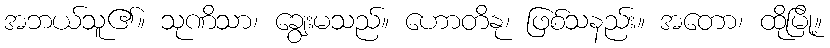
အဘယ်သူ၏။ သုဏိသာ၊ ချွေးမသည်။ ဟောတိနု၊ ဖြစ်သနည်း။ အတော၊ ထိုမြို့။